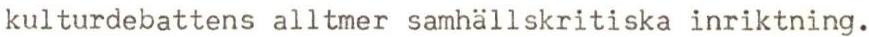
kulturdebattens alltmer samhällskritiska inriktning.